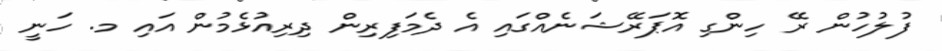
ފުލުހުން ރޭ ހިންގި އޮޕަރޭޝަނެއްގައި އެ ދެމަފިރިން ދިރިއުޅެމުން އައި މ. ހަނީ